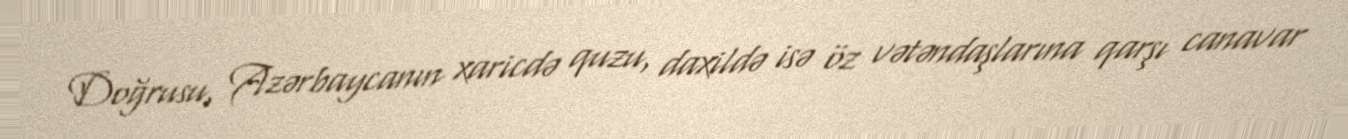
Doğrusu, Azərbaycanın xaricdə quzu, daxildə isə öz vətəndaşlarına qarşı canavar